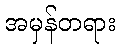
အမှန်တရား